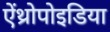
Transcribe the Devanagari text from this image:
ऐंथ्रोपोइडिया